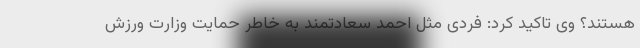
هستند؟ وی تاکید کرد: فردی مثل احمد سعادتمند به خاطر حمایت وزارت ورزش